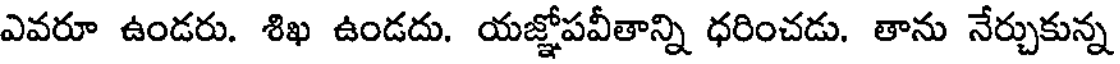
ఎవరూ ఉండరు. శిఖ ఉండదు. యజ్ఞోపవీతాన్ని ధరించడు. తాను నేర్చుకున్న